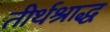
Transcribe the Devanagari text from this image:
तीर्थश्राद्ध